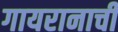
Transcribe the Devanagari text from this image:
गायरानाची